Sketch of the medical history of the native army of Bombay, for the year
Year: 1870
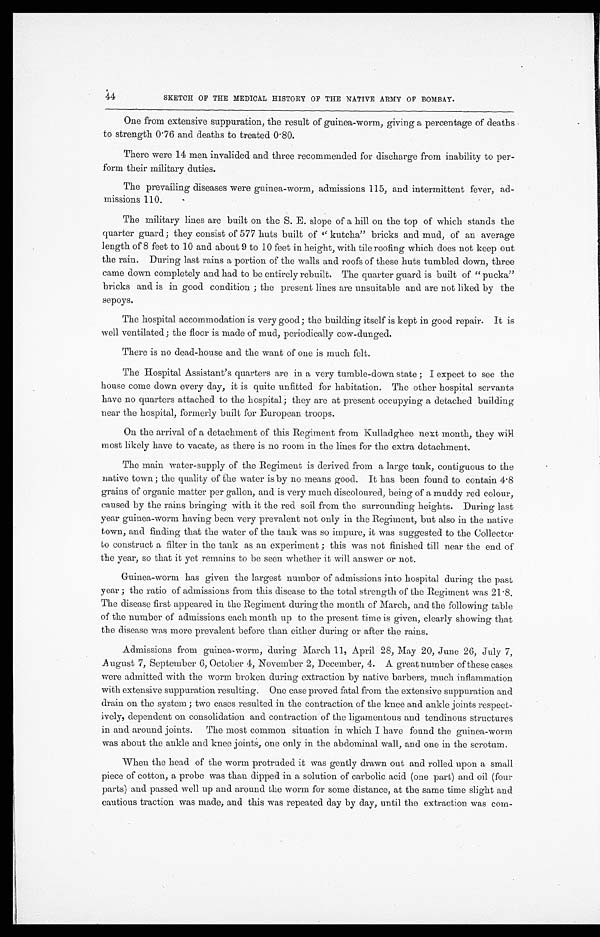
44
SKETCH OF THE MEDICAL HISTORY OF THE NATIVE ARMY OF BOMBAY.
One from extensive suppuration, the result of guinea-worm, giving a percentage of deaths
to strength 0.76 and deaths to treated 0.80.
There were 14 men invalided and three recommended for discharge from inability to per
-form their military duties.
The prevailing diseases were guinea-worm, admissions 115, and intermittent fever, ad
-missions 110.
The military lines are built on the S. E. slope of a hill on the top of which stands the
quarter guard; they consist of 577 huts built of "kutcha" bricks and mud, of an average
length of 8 feet to 10 and about 9 to 10 feet in height, with tile roofing which does not keep out
the rain. During last rains a portion of the walls and roofs of these huts tumbled down, three
came down completely and had to be entirely rebuilt. The quarter guard is built of "pucka"
bricks and is in good condition; the present lines are unsuitable and are not liked by the
sepoys.
The hospital accommodation is very good; the building itself is kept in good repair. It is
well ventilated; the floor is made of mud, periodically cow-dunged.
There is no dead-house and the want of one is much felt.
The Hospital Assistant's quarters are in a very tumble-down state; I expect to see the
house come down every day, it is quite unfitted for habitation. The other hospital servants
have no quarters attached to the hospital; they are at present occupying a detached building
near the hospital, formerly built for European troops.
On the arrival of a detachment of this Regiment from Kulladghee next month, they will
most likely have to vacate, as there is no room in the lines for the extra detachment.
The main water-supply of the Regiment is derived from a large tank, contiguous to the
native town; the quality of the water is by no means good. It has been found to contain 4.8
grains of organic matter per gallon, and is very much discoloured, being of a muddy red colour,
caused by the rains bringing with it the red soil from the surrounding heights. During last
year guinea-worm having been very prevalent not only in the Regiment, but also in the native
town, and finding that the water of the tank was so impure, it was suggested to the Collector
to construct a filter in the tank as an experiment; this was not finished till near the end of
the year, so that it yet remains to be seen whether it will answer or not.
Guinea-worm has given the largest number of admissions into hospital during the past
year; the ratio of admissions from this disease to the total strength of the Regiment was 21.8.
The disease first appeared in the Regiment during the month of March, and the following table
of the number of admissions each month up to the present time is given, clearly showing that
the disease was more prevalent before than either during or after the rains.
Admissions from guinea-worm, during March 11, April 28, May 20, June 26, July 7,
A u g u s t 7 , S e p t e m b e r 6 , O c t o b e r 4 , N o v e m b e r 2 , D e c e m b e r , 4 . A g r e a t n u m b e r o f t h e s e c a s e s
were admitted with the worm broken during extraction by native barbers, much inflammation
with extensive suppuration resulting. One case proved fatal from the extensive suppuration and
drain on the system; two cases resulted in the contraction of the knee and ankle joints respect
- i v e l y , d e p e n d e n t o n c o n s o l i d a t i o n a n d c o n t r a c t i o n o f t h e l i g a m e n t o u s a n d t e n d i n o u s s t r u c t u r e s
in and around joints. The most common situation in which I have found the guinea-worm
was about the ankle and knee joints, one only in the abdominal wall, and one in the scrotum.
When the head of the worm protruded it was gently drawn out and rolled upon a small
piece of cotton, a probe was than dipped in a solution of carbolic acid (one part) and oil (four
parts) and passed well up and around the worm for some distance, at the same time slight and
cautious traction was made, and this was repeated day by day, until the extraction was com-